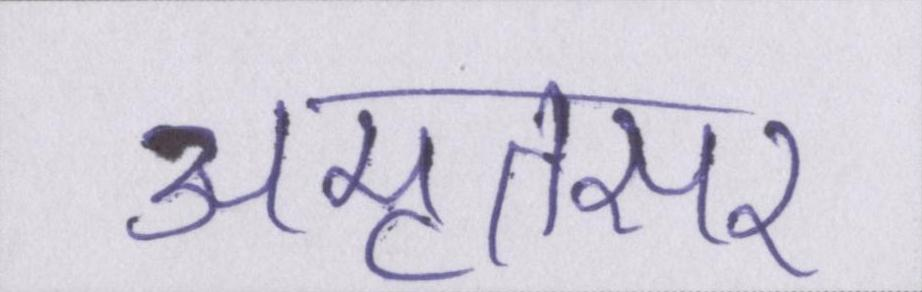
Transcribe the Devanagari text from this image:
अमृतसर